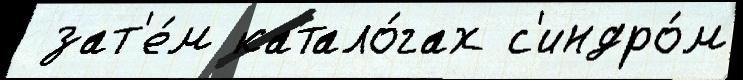
 зат'е́м катало́гах с'индро́м